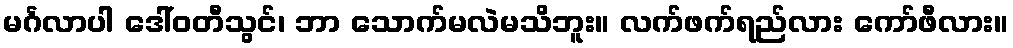
မင်္ဂလာပါ ဒေါ်ဝတီသွင်၊ ဘာ သောက်မလဲမသိဘူး။ လက်ဖက်ရည်လား ကော်ဖီလား။